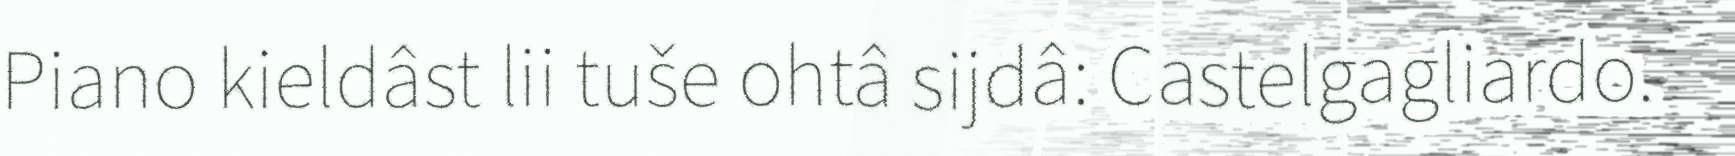
Piano kieldâst lii tuše ohtâ sijdâ: Castelgagliardo.